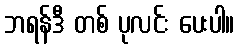
ဘရန်ဒီ တစ် ပုလင်း ပေးပါ။